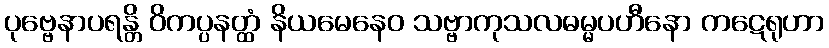
ပုဗ္ဗေနာပရန္တိ ဝိကပ္ပနတ္ထံ နိယမေနေဝ သဗ္ဗာကုသလဓမ္မပဟီနော ကဋေရုဟာ